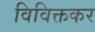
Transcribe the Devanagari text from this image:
विविक्तकर